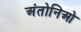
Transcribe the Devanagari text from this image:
अंतोनिओ